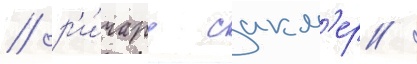
/ р'и́чард сакл'ер /